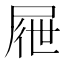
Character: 屜